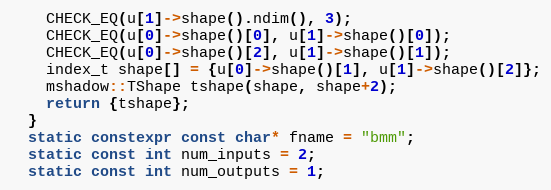
Language: C++
    CHECK_EQ(u[1]->shape().ndim(), 3);
    CHECK_EQ(u[0]->shape()[0], u[1]->shape()[0]);
    CHECK_EQ(u[0]->shape()[2], u[1]->shape()[1]);
    index_t shape[] = {u[0]->shape()[1], u[1]->shape()[2]};
    mshadow::TShape tshape(shape, shape+2);
    return {tshape};
  }
  static constexpr const char* fname = "bmm";
  static const int num_inputs = 2;
  static const int num_outputs = 1;